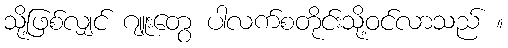
သို့ဖြစ်လျှင် ဂျူးတွေ ပါလက်စတိုင်းသို့ဝင်လာသည် ။